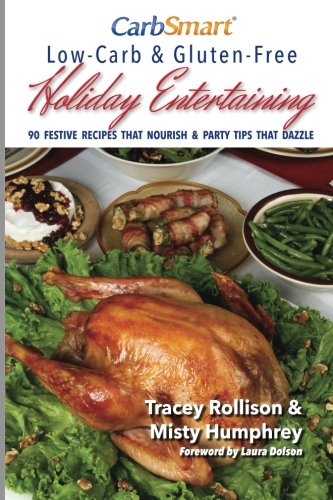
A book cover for CarbSmart Low-Carb & Gluten-Free Holiday Entertaining: 90 Festive Recipes That Nourish & Party Tips That Dazzle; Tracey Rollison; Cookbooks, Food & Wine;